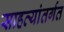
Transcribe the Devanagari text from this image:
साहत्यांतर्गत